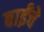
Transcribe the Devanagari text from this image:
बाईंचे